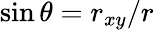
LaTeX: \sin{\theta}=r_{xy}/r